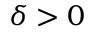
\delta > 0